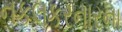
નકલકરનારના